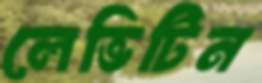
লেভিটিন